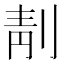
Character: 𠝜